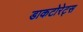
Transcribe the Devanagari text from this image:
डाकटोरेट्स